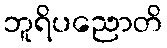
ဘူရိပညောတိ